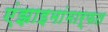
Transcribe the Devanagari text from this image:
एंझाइमांमार्फत